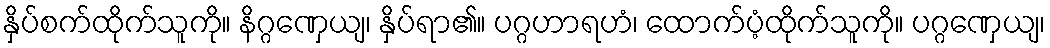
နှိပ်စက်ထိုက်သူကို။ နိဂ္ဂဏှေယျ၊ နှိပ်ရာ၏။ ပဂ္ဂဟာရဟံ၊ ထောက်ပံ့ထိုက်သူကို။ ပဂ္ဂဏှေယျ၊